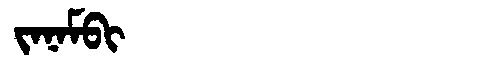
Manchu: ᠵᠠᠨᠠᠮᠪᡳ
Romanization: JANAMBI